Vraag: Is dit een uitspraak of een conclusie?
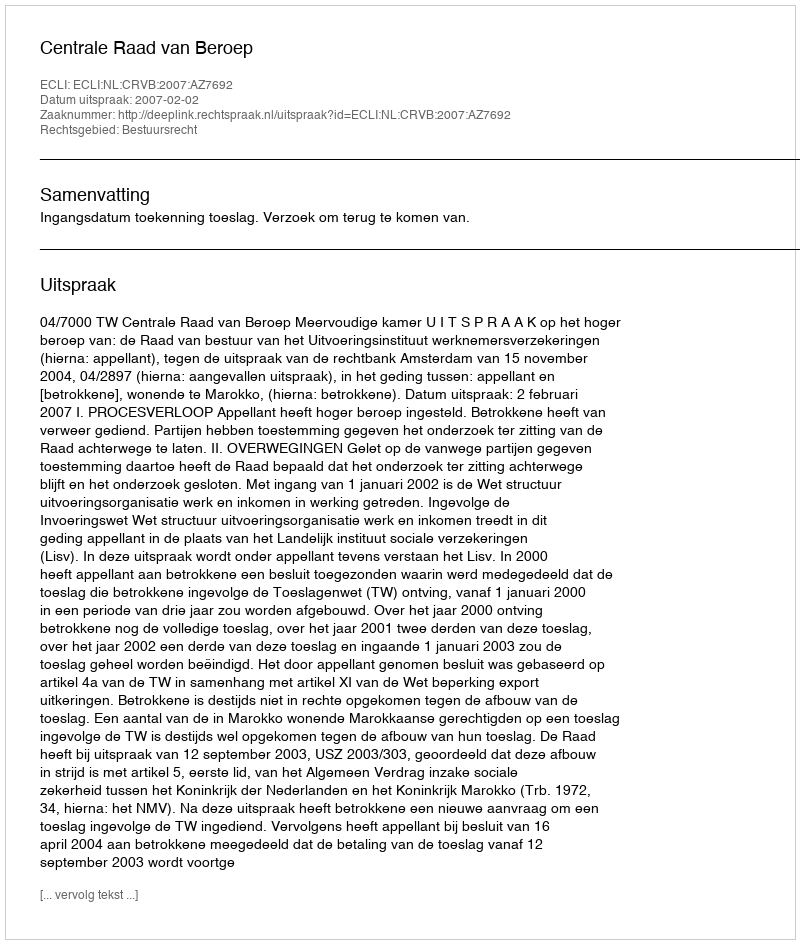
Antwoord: Uitspraak